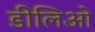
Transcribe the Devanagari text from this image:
डीलिओ